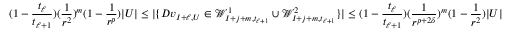
( 1 - \frac { t _ { \ell } } { t _ { \ell + 1 } } ) ( \frac { 1 } { r ^ { 2 } } ) ^ { m } ( 1 - \frac { 1 } { r ^ { p } } ) | U | \leq | \{ D v _ { I + \ell , U } \in \mathcal { W } _ { I + j + m , t _ { \ell + 1 } } ^ { 1 } \cup \mathcal { W } _ { I + j + m , t _ { \ell + 1 } } ^ { 2 } \} | \newline \leq ( 1 - \frac { t _ { \ell } } { t _ { \ell + 1 } } ) { ( \frac { 1 } { r ^ { p + 2 \delta } } ) ^ { m } ( 1 - \frac { 1 } { r ^ { 2 } } ) | U | }